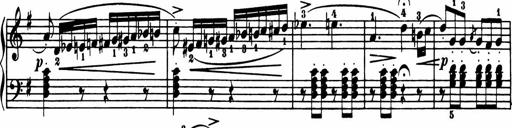
Title: Sonatina in G major
Composer: Friedrich Kuhlau
Key: G major